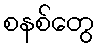
စနစ်တွေ